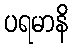
ပရမာနိ